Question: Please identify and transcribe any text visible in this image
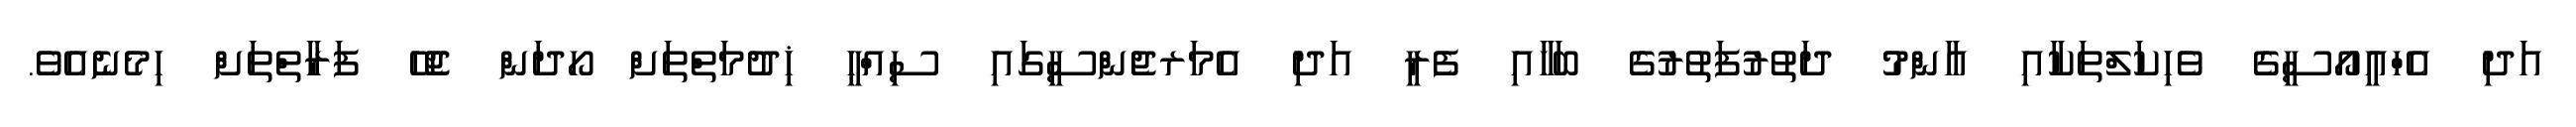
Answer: އަދި އެހްއީއޯސީގެ ވެހިކަލްތަކާއި އާންމު ދަތުރުފަތުރުގެ ބަހާއި ފެރީ އަދި އެމަރޖެންސީގައި ސިއްޙީ ޚިދުމަތްތަށް ހޯދަން ޖެހޭ ފަރާތްތަށް ހިމެނެއެވެ.